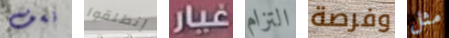
نسف إنطلقوا غيار التزام وفرصة مثل